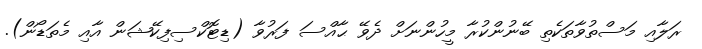
ރަލާއި މަސްތުވާތަކެތި ބޭނުންކުރާ މީހުންނަށް ދެވޭ ޙާއްސަ ފަރުވާ (ޑިޓޮކްސިފިކޭޝަން އާއި މެތަޑޯން).